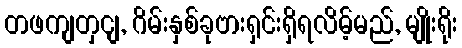
တဖကျတှငျ, ဂိမ်းနှစ်ခုဗားရှင်းရှိရလိမ့်မည်, မျိုးရိုး